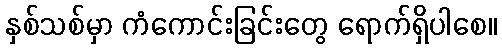
နှစ်သစ်မှာ ကံကောင်းခြင်းတွေ ရောက်ရှိပါစေ။